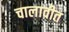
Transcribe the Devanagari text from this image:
चालावीत